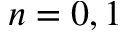
n = 0 , 1